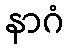
နာဂံ